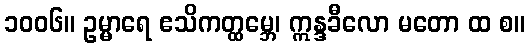
၁၀၀၆။ ဥမ္မာရေ ဧသိကတ္ထမ္ဘေ၊ ဣန္ဒခီလော မတော ထ စ။